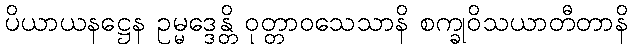
ပိယာယနဋ္ဌေန ဥမ္မဒ္ဒေန္တိ ဝုတ္တာဝသေသာနိ စက္ခုဝိသယာတီတာနိ